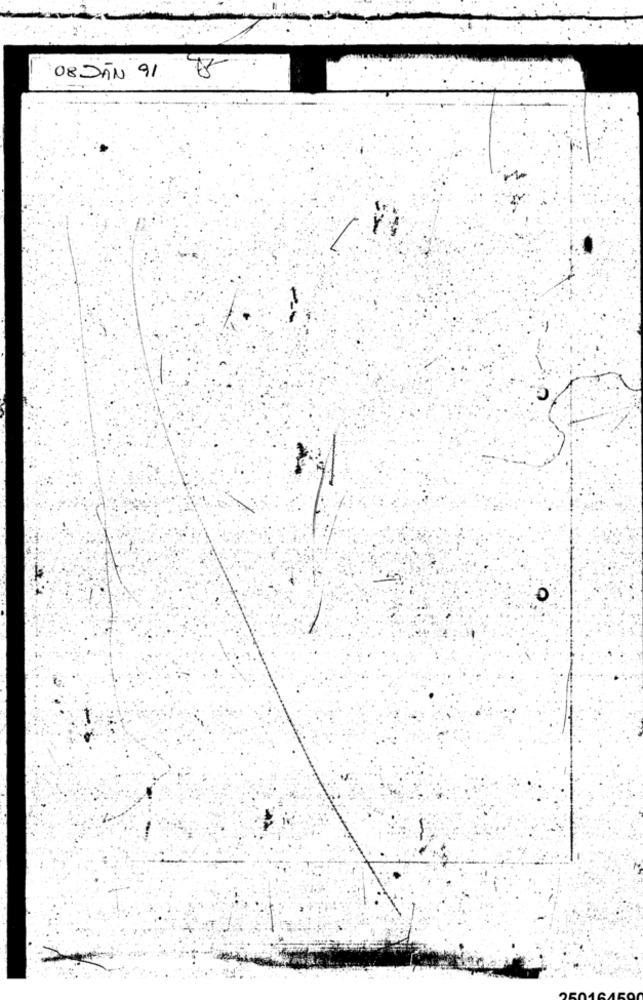
08 JAN 91